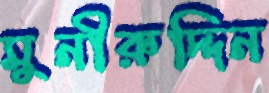
মুনীরুদ্দিন